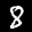
Digit: 8